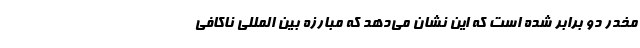
مخدر دو برابر شده است که این نشان می‌دهد که مبارزه بین المللی ناکافی